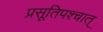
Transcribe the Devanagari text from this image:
प्रसूतिपश्चात्